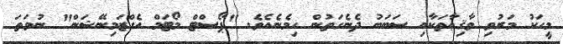
މީހަކު މަރުވި ވާޤިޢާތަކާއި ސަބަބު ދެނެގަތުން ހިމެނެއެވެ. "ޕޯސްޓް މޯޓަމް އެގްޒަމިނޭޝަން" ނުވަތަ